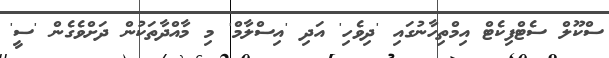
ސްކޫލް ސެޓްފިކެޓް އިމްތިހާނުގައި 'ދިވެހި' އަދި 'އިސްލާމް' މި މާއްދާތަކުން ދަށްވެގެން 'ސީ'